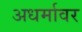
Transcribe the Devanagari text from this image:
अधर्मावर